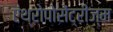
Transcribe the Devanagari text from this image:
एंथ्रोपोसेंट्रीज्म